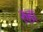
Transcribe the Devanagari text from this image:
रुहा